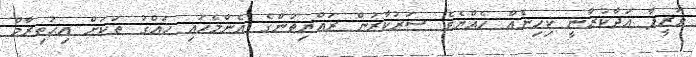
ވަޒީފާ އަދާކުރާނީ ކިހިނެއް ހެއްޔެވެ ސަރުކާރުން ރައްޔިތުންގެ އެންމެހައި ހައްގު ތަކަށް އިޙުތިރާމް